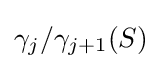
\gamma _{j}/\gamma _{j+1}(S)